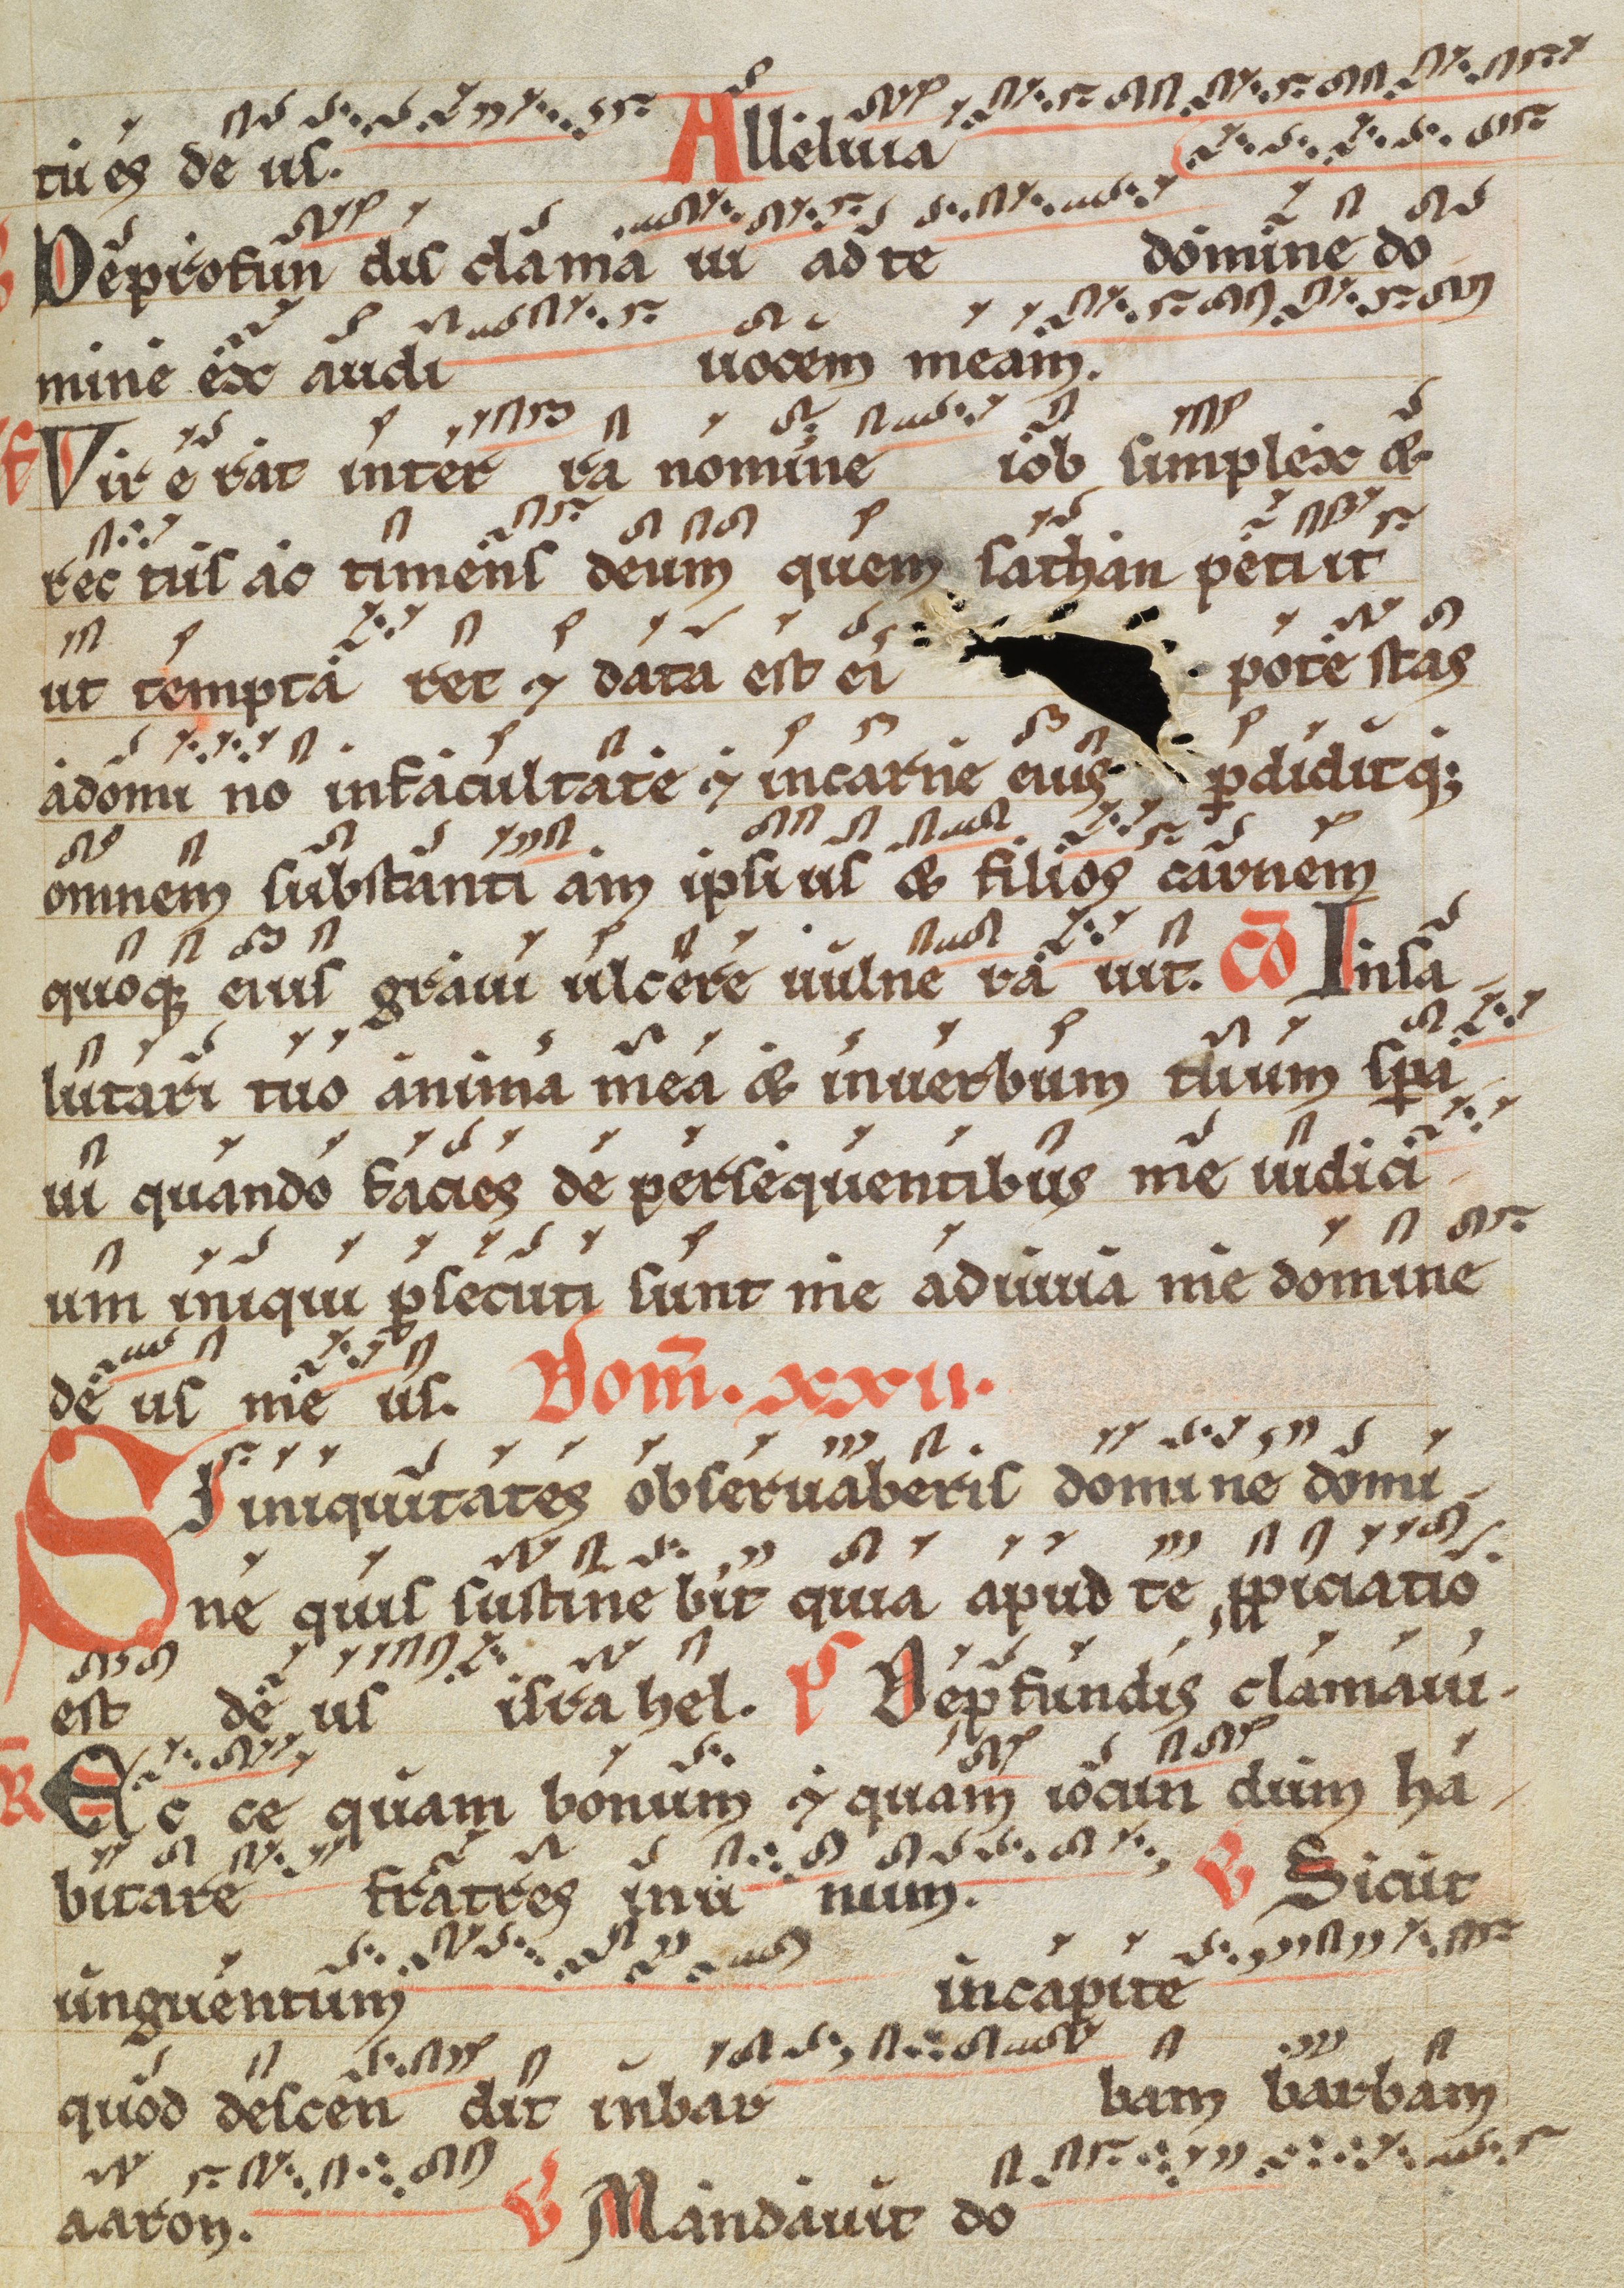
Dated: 1200–1299